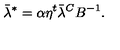
\bar { \lambda } ^ { * } = \alpha \eta ^ { t } \bar { \lambda } ^ { C } B ^ { - 1 } .